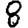
Digit: 8